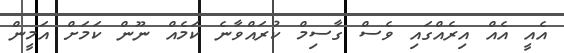
އެއީ އެއް އިރެއްގައި ވެސް ގާސިމް ކުރައްވާނެ ކަމެއް ނޫން ކަމަށް އަމީން